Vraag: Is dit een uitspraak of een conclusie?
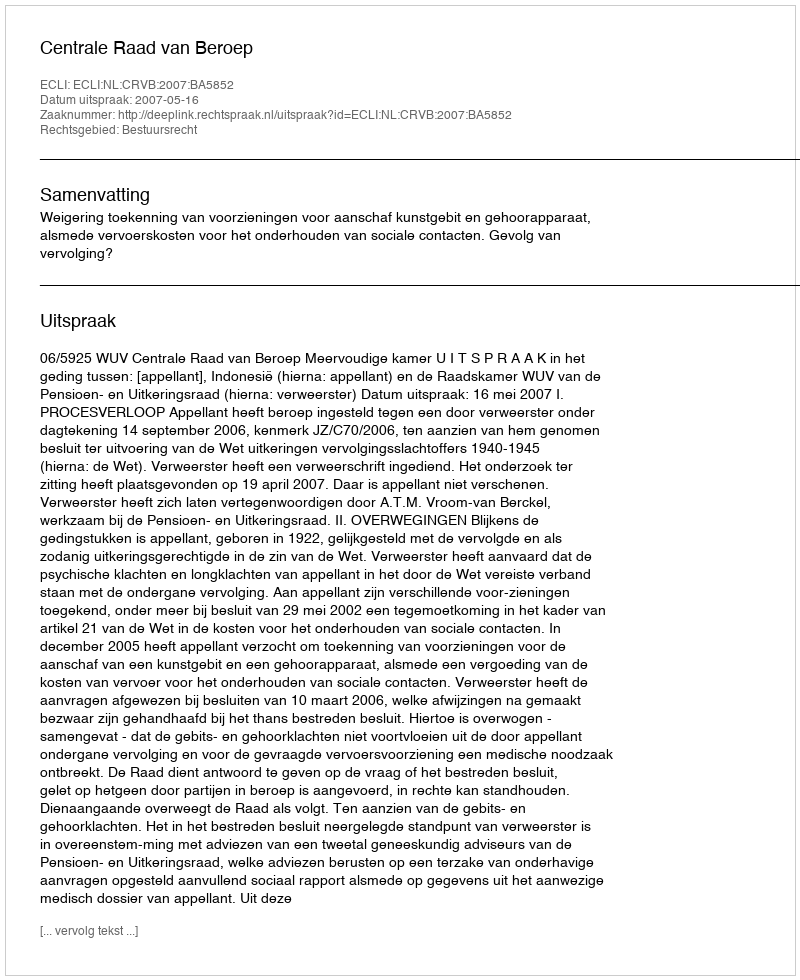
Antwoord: Uitspraak